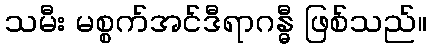
သမီး မစ္စက်အင်ဒီရာဂန္ဓီ ဖြစ်သည်။